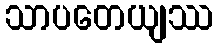
သာပတေယျဿ